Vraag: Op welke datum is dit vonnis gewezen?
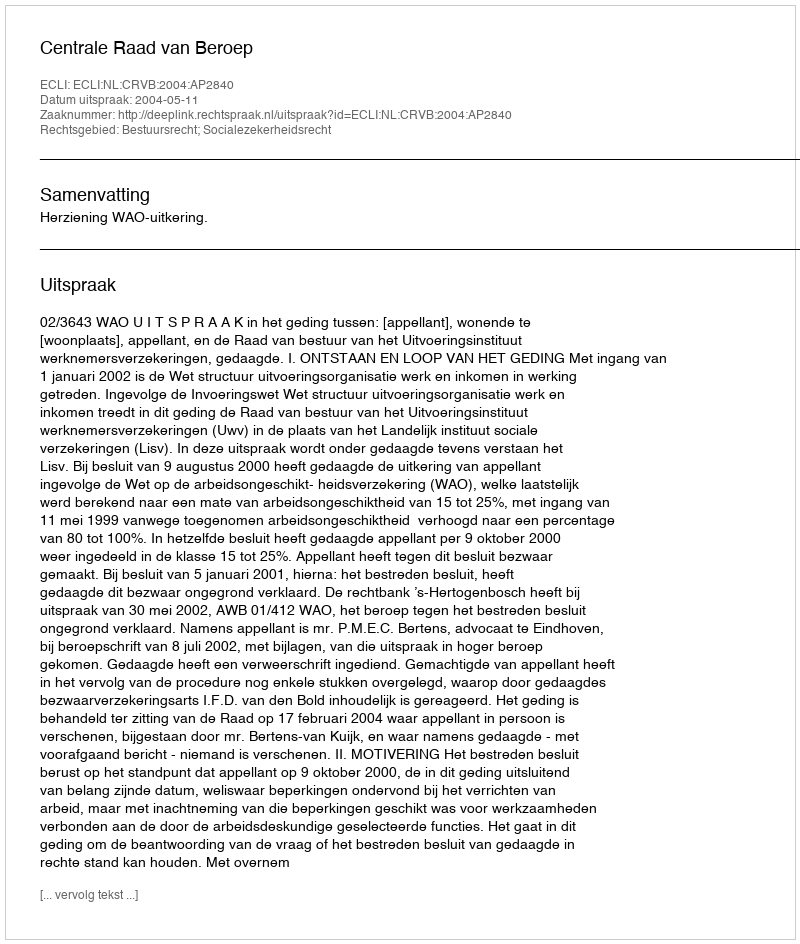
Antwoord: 2004-05-11